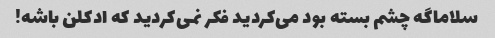
سلاماگه چشم بسته بود می‌کردید فکر نمی‌کردید که ادکلن باشه!